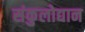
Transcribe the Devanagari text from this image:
संकुलोद्यान